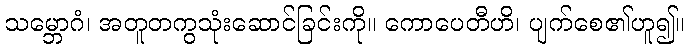
သမ္ဘောဂံ၊ အတူတကွသုံးဆောင်ခြင်းကို။ ကောပေတီဟိ၊ ပျက်စေ၏ဟူ၍။